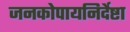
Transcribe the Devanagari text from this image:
जनकोपायनिर्देष्टा